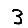
Digit: 3